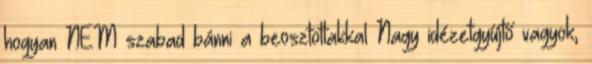
hogyan NEM szabad bánni a beosztottakkal Nagy idézetgyűjtő vagyok,